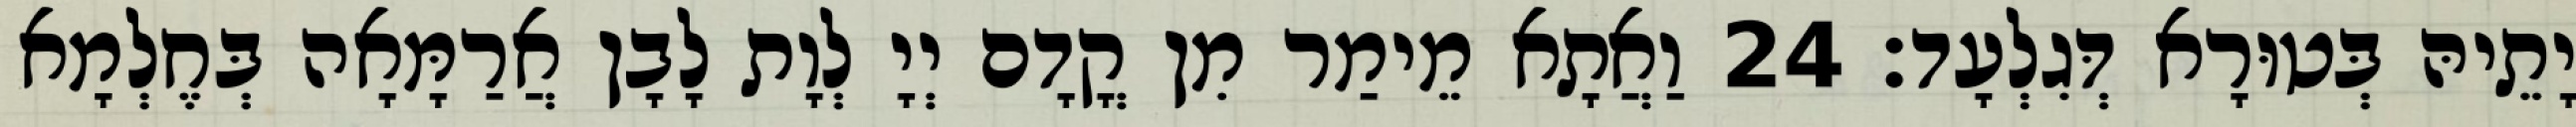
יָתֵיהּ בְּטוּרָא דְּגִלְעָד׃ 24 וַאֲתָא מֵימַר מִן קֳדָם יְיָ לְוָת לָבָן אֲרַמָּאָה בְּחֶלְמָא